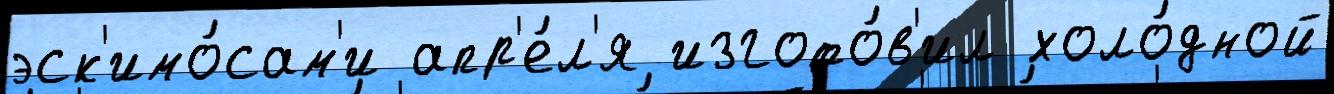
эск'имо́сам'и апр'е́л'я изгото́в'ил холо́дной